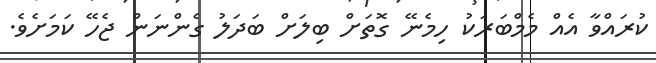
ކުރައްވާ އެއް މެމްބަރަކު ހިމެނޭ ގޮތަށް ބިލަށް ބަދަލު ގެންނަން ޖެހޭ ކަމަށެވެ.